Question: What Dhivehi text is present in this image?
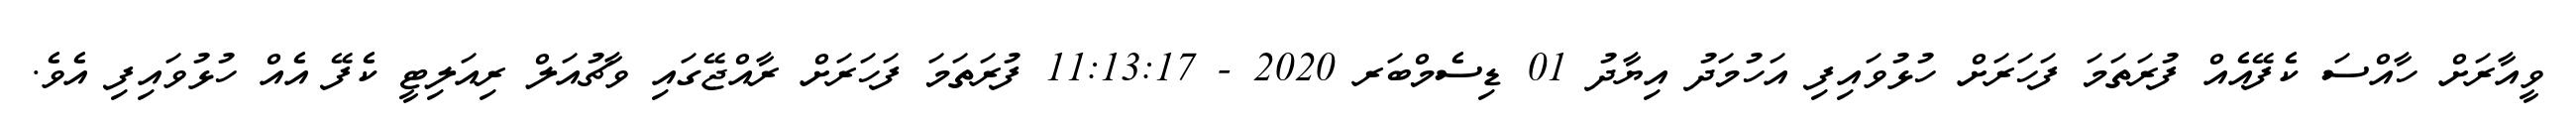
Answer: ވީއާރަށް ހާއްސަ ކެފޭއެއް ފުރަތަމަ ފަހަރަށް ހުޅުވައިފި އަހުމަދު އިޔާދު 01 ޑިސެމްބަރ 2020 - 11:13:17 ފުރަތަމަ ފަހަރަށް ރާއްޖޭގައި ވާޗުއަލް ރިއަލިޓީ ކެފޭ އެއް ހުޅުވައިފި އެވެ.